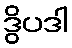
ဒွိပဒါ